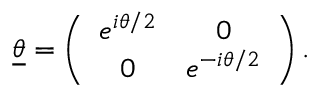
\underline { { { \theta } } } = \left( \begin{array} { c c } { { e ^ { i \theta / 2 } } } & { { 0 } } \\ { { 0 } } & { { e ^ { - i \theta / 2 } } } \end{array} \right) .